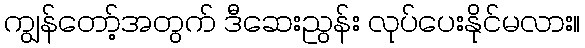
ကျွန်တော့်အတွက် ဒီဆေးညွန်း လုပ်ပေးနိုင်မလား။